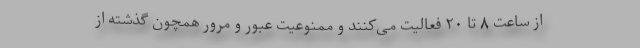
از ساعت ٨ تا ۲۰ فعالیت می‌کنند و ممنوعیت عبور و مرور همچون گذشته از